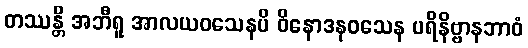
တဿန္တိ အဘီရူ အာလယဝသေနပိ ဝိနောဒနဝသေန ပရိနိဗ္ဗာနဘာဝံ